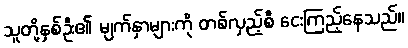
သူတို့နှစ်ဦး၏ မျက်နှာများကို တစ်လှည့်စီ ငေးကြည့်နေသည်။